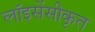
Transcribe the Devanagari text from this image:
लॉइसेंसीकृत